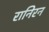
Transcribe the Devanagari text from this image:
रानिरन